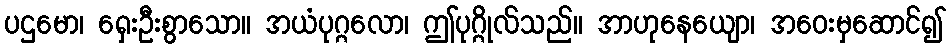
ပဌမော၊ ရှေးဦးစွာသော။ အယံပုဂ္ဂလော၊ ဤပုဂ္ဂိုလ်သည်။ အာဟုနေယျော၊ အဝေးမှဆောင်၍